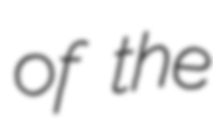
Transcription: of the